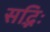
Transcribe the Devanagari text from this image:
सद्भिः